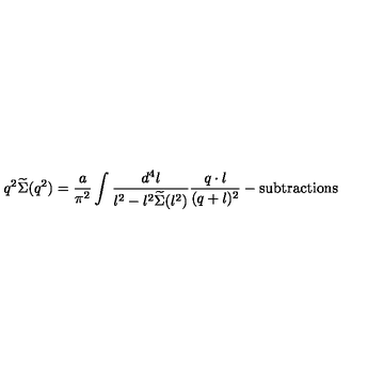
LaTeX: q ^ { 2 } \widetilde \Sigma ( q ^ { 2 } ) = { \frac { a } { \pi ^ { 2 } } } \int { \frac { d ^ { 4 } l } { l ^ { 2 } - l ^ { 2 } \widetilde \Sigma ( l ^ { 2 } ) } } { \frac { q \cdot l } { ( q + l ) ^ { 2 } } } - \mathrm { s u b t r a c t i o n s }